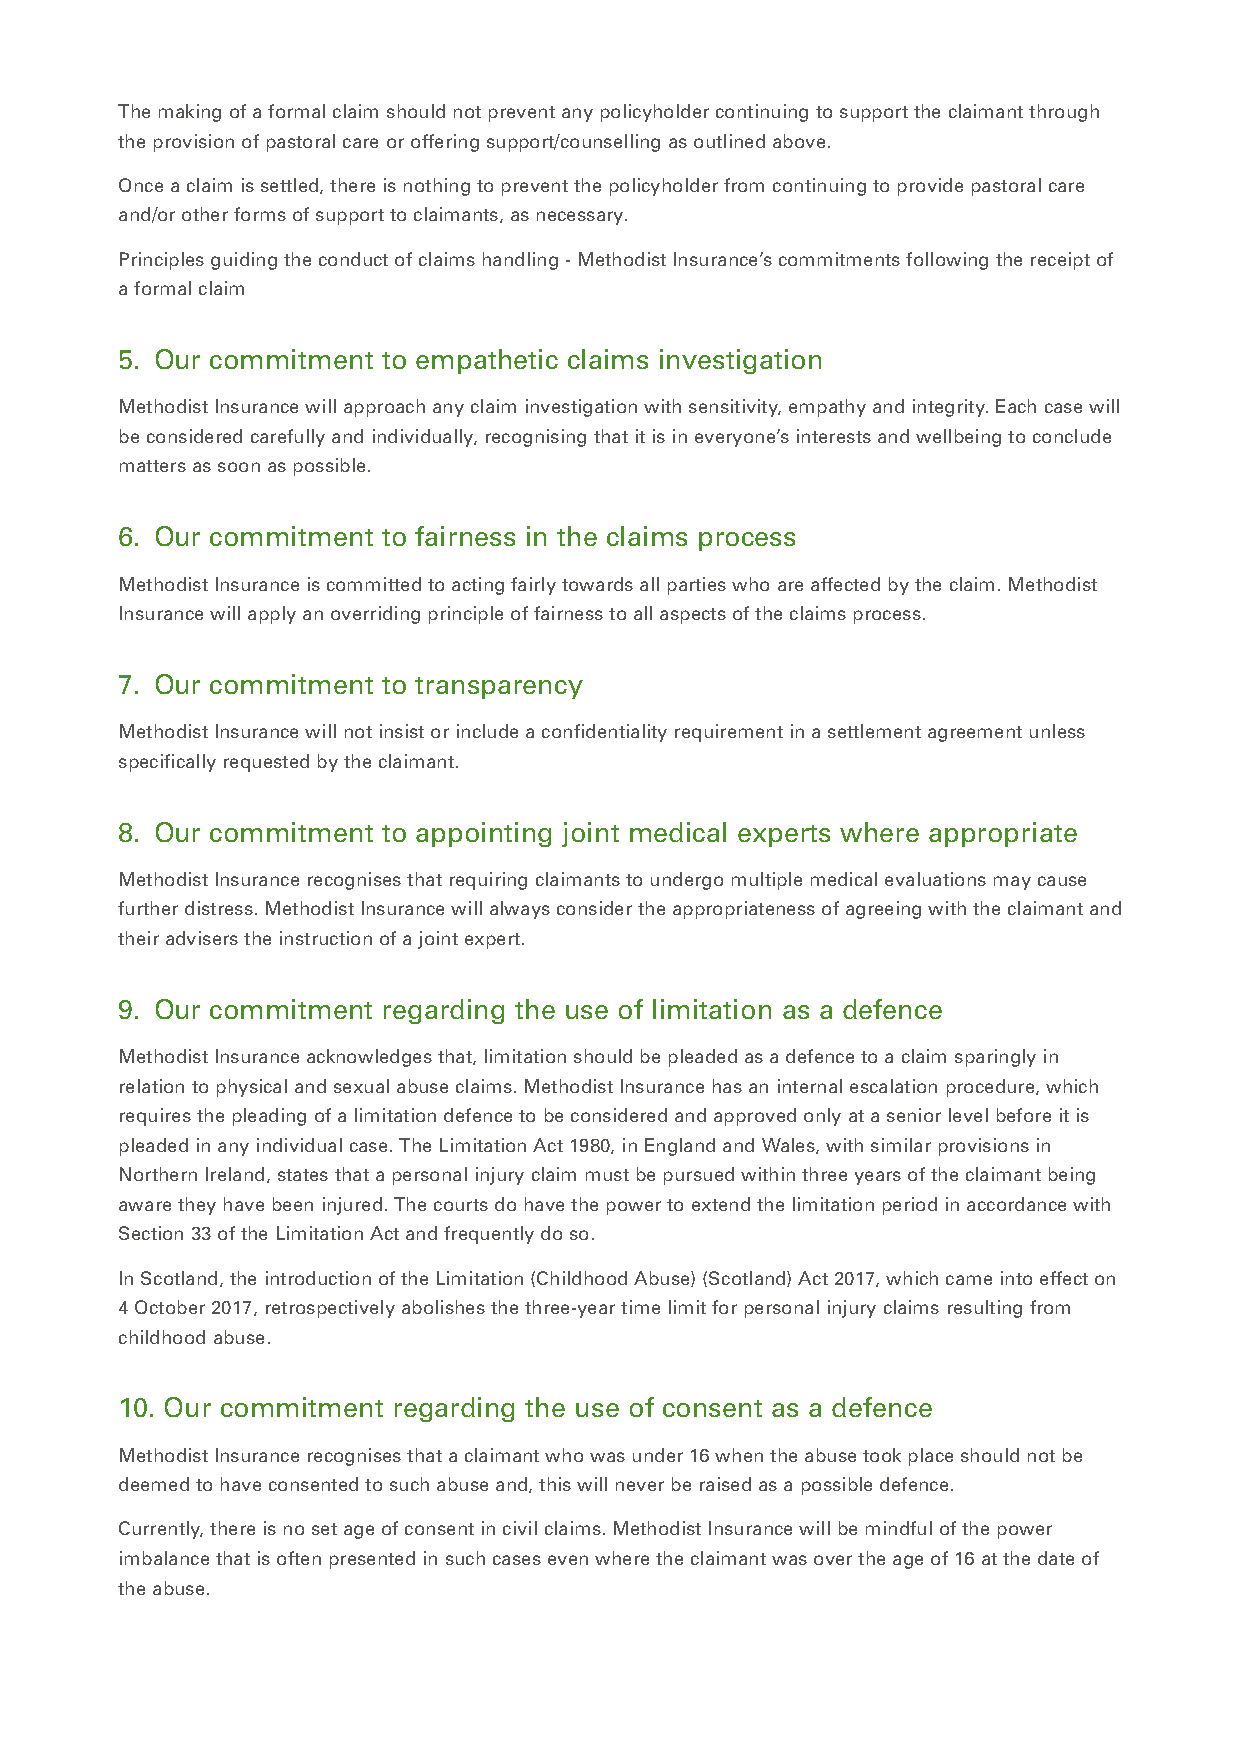
The making of a formal claim should not prevent any policyholder continuing to support the claimant through
 the provision of pastoral care or offering support/counselling as outlined above.
 Once a claim is settled, there is nothing to prevent the policyholder from continuing to provide pastoral care
 and/or other forms of support to claimants, as necessary.
 Principles guiding the conduct of claims handling - Methodist Insurance’s commitments following the receipt of
 a formal claim
 5. Our commitment to empathetic claims investigation
 Methodist Insurance will approach any claim investigation with sensitivity, empathy and integrity. Each case will
 be considered carefully and individually, recognising that it is in everyone’s interests and wellbeing to conclude
 matters as soon as possible.
 6. Our commitment to fairness in the claims process
 Methodist Insurance is committed to acting fairly towards all parties who are affected by the claim. Methodist
 Insurance will apply an overriding principle of fairness to all aspects of the claims process.
 7. Our commitment to transparency
 Methodist Insurance will not insist or include a confidentiality requirement in a settlement agreement unless
 specifically requested by the claimant.
 8. Our commitment to appointing joint medical experts where appropriate
 Methodist Insurance recognises that requiring claimants to undergo multiple medical evaluations may cause
 further distress. Methodist Insurance will always consider the appropriateness of agreeing with the claimant and
 their advisers the instruction of a joint expert.
 9. Our commitment regarding the use of limitation as a defence
 Methodist Insurance acknowledges that, limitation should be pleaded as a defence to a claim sparingly in
 relation to physical and sexual abuse claims. Methodist Insurance has an internal escalation procedure, which
 requires the pleading of a limitation defence to be considered and approved only at a senior level before it is
 pleaded in any individual case. The Limitation Act 1980, in England and Wales, with similar provisions in
 Northern Ireland, states that a personal injury claim must be pursued within three years of the claimant being
 aware they have been injured. The courts do have the power to extend the limitation period in accordance with
 Section 33 of the Limitation Act and frequently do so.
 In Scotland, the introduction of the Limitation (Childhood Abuse) (Scotland) Act 2017, which came into effect on
 4 October 2017, retrospectively abolishes the three-year time limit for personal injury claims resulting from
 childhood abuse.
 10. Our commitment regarding the use of consent as a defence
 Methodist Insurance recognises that a claimant who was under 16 when the abuse took place should not be
 deemed to have consented to such abuse and, this will never be raised as a possible defence.
 Currently, there is no set age of consent in civil claims. Methodist Insurance will be mindful of the power
 imbalance that is often presented in such cases even where the claimant was over the age of 16 at the date of
 the abuse.